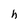
Character: h